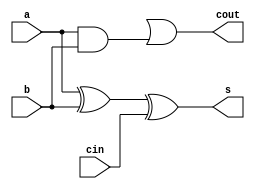
module adder(a,b,cin,s,cout);

input a,b,cin;
output s,cout;

wire w0,w1,w2,w3;

xor gate1(w0,a,b);
xor gate2(s,w0,cin);
and gate3(c1,w0,cin);
and gate4(w2,a,b);
or  gate5(cout,w1,w2);

endmodule